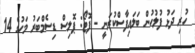
ހުރި ދަޅު ފުލުހުން ބަލައިފާސްކުރަނީ - ފޮޓޯ: ޕޮލިސް ޑިސެމްބަރު މަހުގެ 14